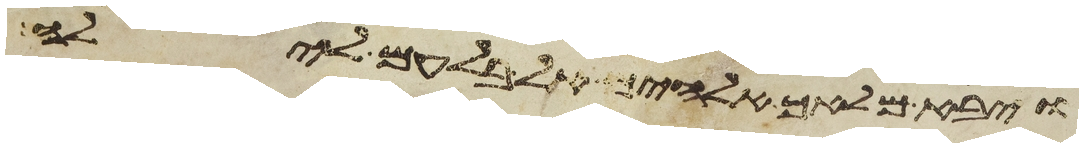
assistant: ויבא מלאך אלהים אל בלעם לילה